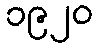
၁၉၂၀